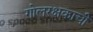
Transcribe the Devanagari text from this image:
गोलरक्षकाची